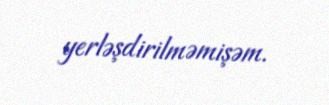
yerləşdirilməmişəm.